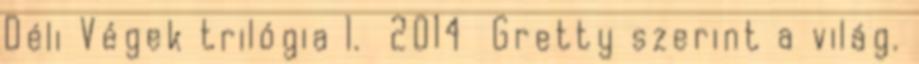
Déli Végek trilógia 1. 2014 Gretty szerint a világ.